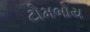
ટોમબોય